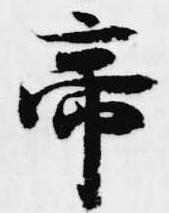
帝